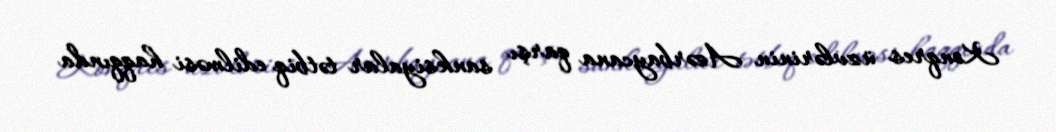
Konqres üzvlərinin Azərbaycana qarşı sanksiyalar tətbiq edilməsi haqqında